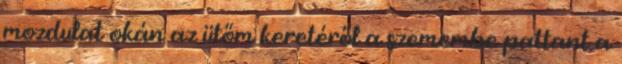
mozdulat okán az ütőm keretéről a szemembe pattant a